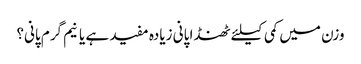
وزن میں کمی کیلئے ٹھنڈا پانی زیادہ مفید ہے یا نیم گرم پانی؟